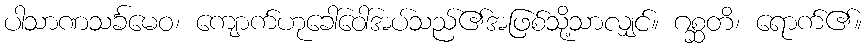
ပါသာဏသင်္ခမေဝ၊ ကျောက်ဟုခေါ်ဝေါ်အပ်သည်၏အဖြစ်သို့သာလျှင်။ ဂစ္ဆတိ၊ ရောက်၏။